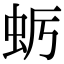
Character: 𮓺